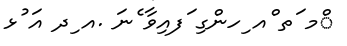
ްމ ަތ ްއ ިހންގި ަފއިވާ ެނަ .އ ިދ އަ ުޅ